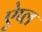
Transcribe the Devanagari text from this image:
ऐप्ल